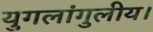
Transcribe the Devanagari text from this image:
युगलांगुलीय।